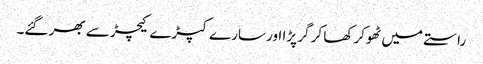
راستے میں ٹھوکر کھا کر گر پڑا اور سارے کپڑے کیچڑ سے بھر گئے۔